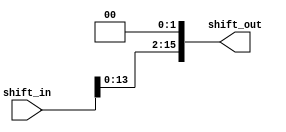
module shifter(
  input [15:0] shift_in,
  output [15:0] shift_out
  );
  
  assign shift_out[15:2] = shift_in[13:0];
  assign shift_out[1:0]  = 2'b0;
endmodule    

module pcshifter( input [11:0] shift_in, output [13:0] shift_out);
  // multiplys by 4 so that the imidietcan map to adresses 
  assign shift_out[13:2] = shift_in[11:0];
  assign shift_out[1:0]  = 2'b0;
endmodule